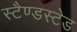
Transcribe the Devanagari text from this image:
स्टैण्डस्टेड